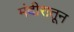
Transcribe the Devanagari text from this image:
मंदीरातून